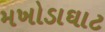
મખોડાઘાટ